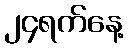
၂၄ရက်နေ့